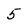
Character: 5